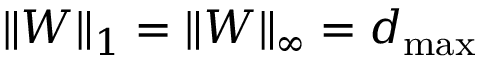
\| W \| _ { 1 } = \| W \| _ { \infty } = d _ { \operatorname* { m a x } }